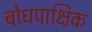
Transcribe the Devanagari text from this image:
बोधपाक्षिक